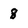
Character: 8